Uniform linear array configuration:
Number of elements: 48
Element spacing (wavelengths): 0.5
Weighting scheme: uniform
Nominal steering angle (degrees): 15
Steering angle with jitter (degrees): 14.48
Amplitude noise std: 0.05
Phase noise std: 0.05

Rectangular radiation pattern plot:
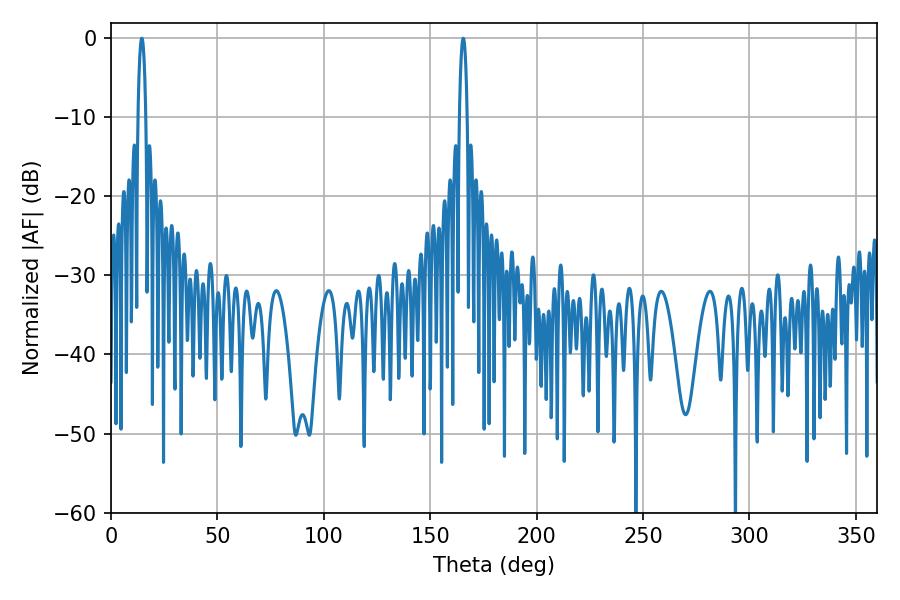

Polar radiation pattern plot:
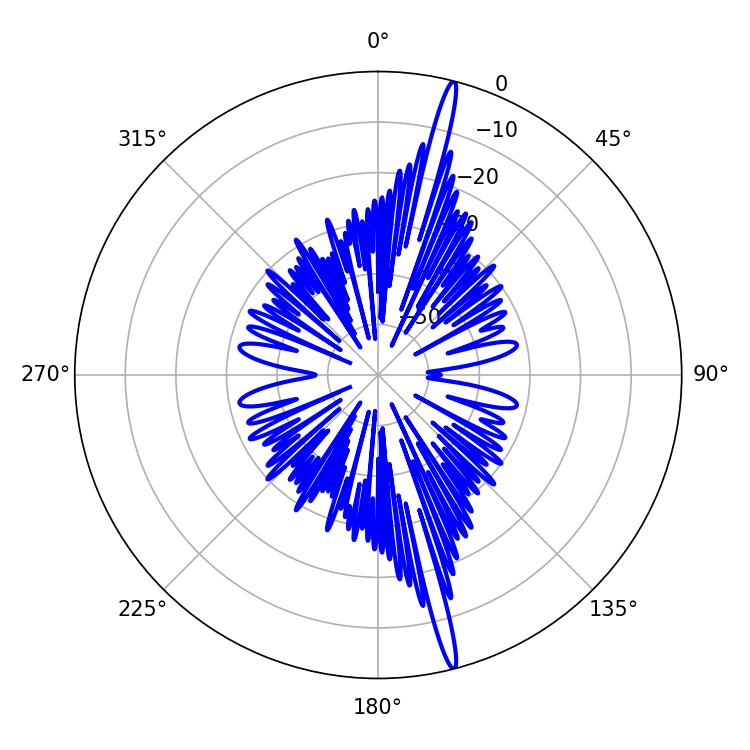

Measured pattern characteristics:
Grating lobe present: FALSE
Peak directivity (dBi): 19.711
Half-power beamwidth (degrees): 1.98
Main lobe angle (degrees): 14.4